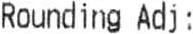
ROUNDING ADJ :